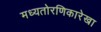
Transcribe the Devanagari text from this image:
मध्यतोरणिकारेखा